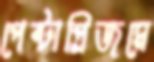
পেন্টাপ্রিজমে